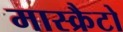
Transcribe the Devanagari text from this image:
मास्क्रैटो